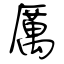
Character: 厲